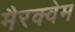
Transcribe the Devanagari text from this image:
मैरक्वेम